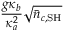
\frac { g \kappa _ { b } } { \kappa _ { a } ^ { 2 } } \sqrt { \bar { n } _ { c , \mathrm { S H } } }